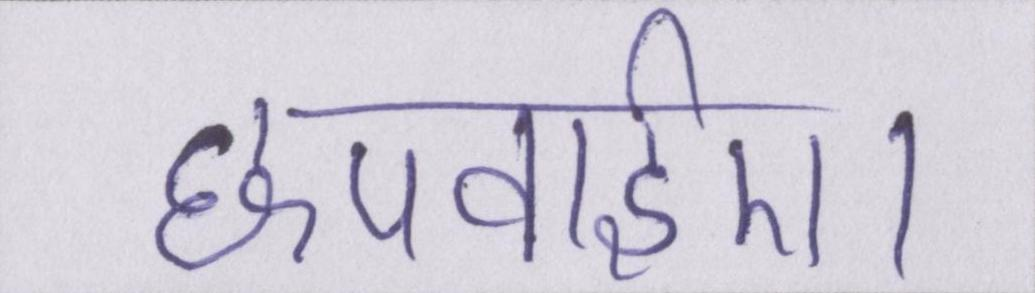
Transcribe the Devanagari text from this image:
छपवाईए।